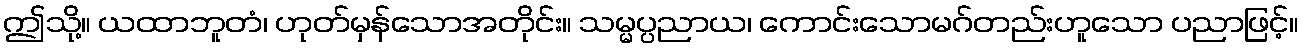
ဤသို့။ ယထာဘူတံ၊ ဟုတ်မှန်သောအတိုင်း။ သမ္မပ္ပညာယ၊ ကောင်းသောမဂ်တည်းဟူသော ပညာဖြင့်။